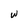
Character: w